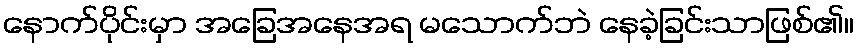
နောက်ပိုင်းမှာ အခြေအနေအရ မသောက်ဘဲ နေခဲ့ခြင်းသာဖြစ်၏။